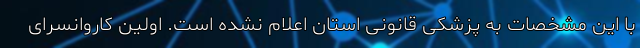
با این مشخصات به پزشکی قانونی استان اعلام نشده است. اولین کاروانسرای